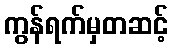
ကွန်ရက်မှတဆင့်